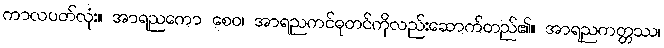
ကာလပတ်လုံး။ အာရညကော စေဝ၊ အာရညကင်ဓုတင်ကိုလည်းဆောက်တည်၏။ အာရညကတ္တဿ၊